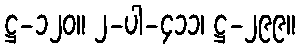
ဋ္ဌ-၁၂၀။ ၂-ပါ-၄၁၁၊ ဋ္ဌ-၂၉၉။